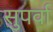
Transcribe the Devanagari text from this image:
सुपर्वा